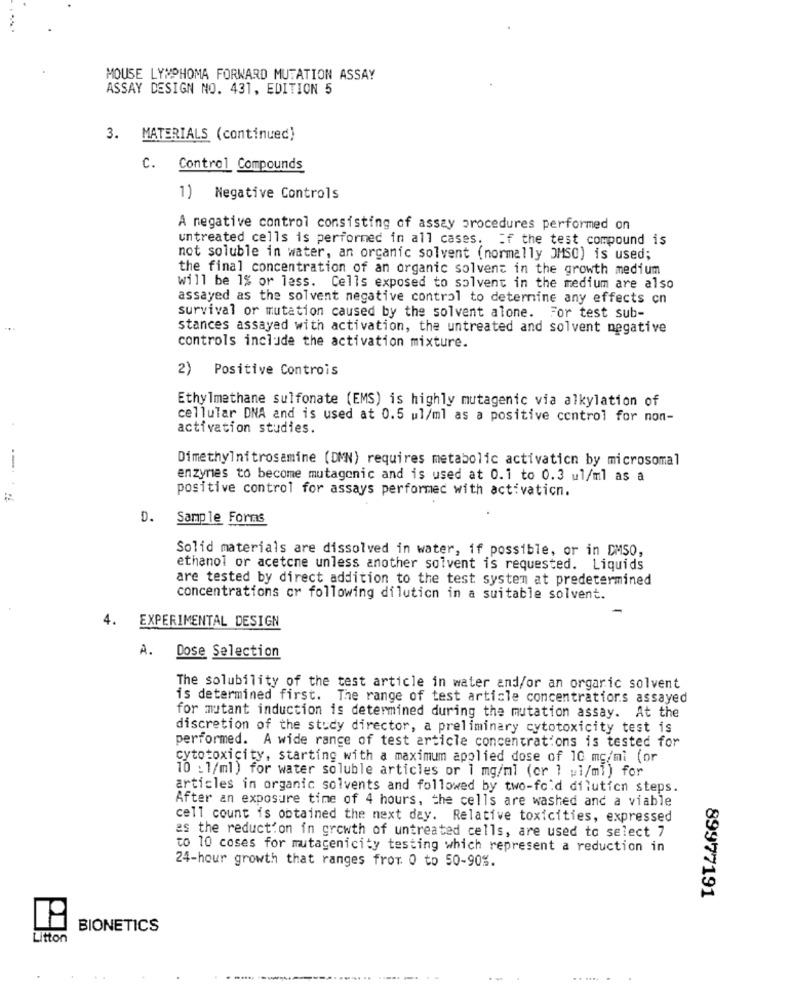
MOUSE LYMPHOMA FORWARD MUTATION ASSAY
ASSAY DESIGN NO. 431, EDITION 5
3.
MATERIALS (continued)
C.
Control Compounds
1) Negative Controls
A negative control consisting of assay procedures performed on
untreated cells is performed in all cases. if the test compound is
not soluble in water, an organic solvent (normally OMSC) is used;
the final concentration of an organic solvent in the growth medium
will be 1% or less. Cells exposed to solvent in the medium are also
assayed as the solvent negative control to determine any effects cn
survival or mutation caused by the solvent alone. For test sub-
stances assayed with activation, the untreated and solvent negative
controls include the activation mixture.
2) Positive Controis
Ethylmethane sulfonate (EMS) is highly mutagenic via alkylation of
cellular DNA and is used at 0.5 ul/ml as a positive control for non-
activation studies.
Dimethylnitrosamine (DMN) requires metabolic activation by microsomal
enzymes to become mutagenic and is used at 0.1 to 0.3 ul/ml as a
positive control for assays performed with activation.
D.
Sample Forms
Solid materials are dissolved in water, if possible, or in DMSO,
ethanol or acetone unless another solvent is requested. Liquids
are tested by direct addition to the test system at predetermined
concentrations or following dilution in a suitable solvent.
4.
EXPERIMENTAL DESIGN
A.
Dose Selection
The solubility of the test article in water and/or an orgaric solvent
is determined first. The range of test article concentrations assayed
for mutant induction is determined during the mutation assay. At the
discretion of the study director, a preliminary cytotoxicity test is
performed. A wide range of test article concentrations is tested for
cytotoxicity, starting with a maximum applied dose of 10 mg/mi (or
10 : 1/ml) for water soluble articles or 1 mg/ml (cr 1 u1/ml) for
articles in organic solvents and followed by two-fold dilution steps.
After an exposure time of 4 hours, the cells are washed and a viable
cell count is obtained the next day. Relative toxicities, expressed
es the reduction in growth of untreated cells, are used to select 7
to 10 coses for mutagenicity testing which represent a reduction in
24-hour growth that ranges from 0 to 50-90%.
89977191
BIONETICS
Litton
.......